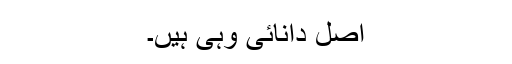
اصل دانائی وہی ہیں۔